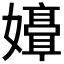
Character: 𫲒